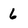
Character: 6